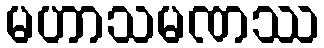
မဟာသမဏဿ